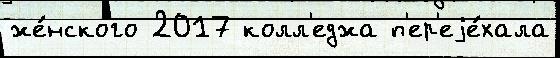
же́нского 2017 колл'еджа п'ер'еjе́хала